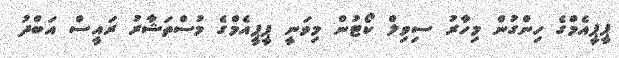
ޕީޕީއެމްގެ ހިންގުން މިހާރު ސިވިލް ކޯޓުން މިވަނީ ޕީޕީއެމްގެ މުސްތަޝާރު ރައީސް އަބްދު